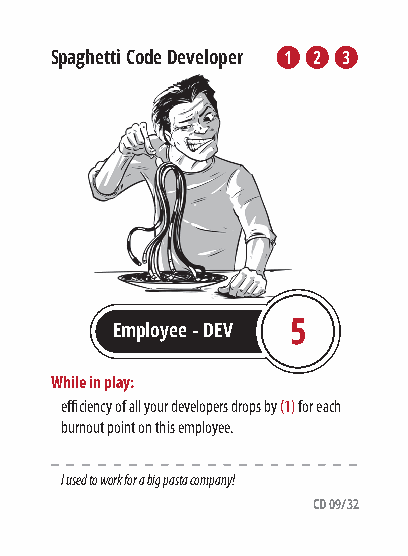
Spaghetti Code Developer 1 2 32
 Employee - DEV 5
 While in play:
 efficiency of all your developers drops by (1) for each
 burnout point on this employee.
 I used to work for a big pasta company!
 CD 09/32